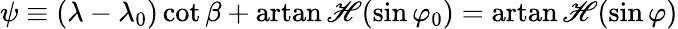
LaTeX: \psi\equiv(\lambda-\lambda_{0})\cot\beta+\operatorname{artan\mathscr{H}}(\sin\varphi_{0})=\operatorname{artan\mathscr{H}}(\sin\varphi)